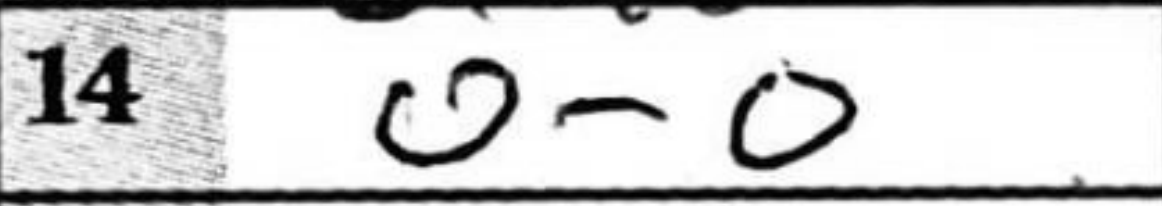
Transcription: O-O